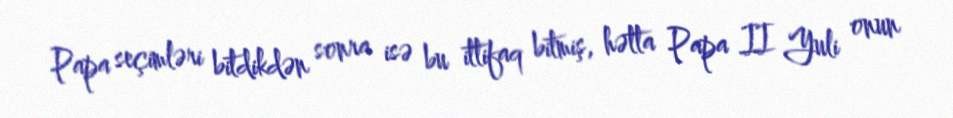
Papa seçimləri bitdikdən sonra isə bu ittifaq bitmiş, hətta Papa II Yuli onun